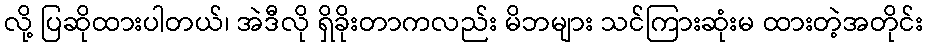
လို့ ပြဆိုထားပါတယ်၊ အဲဒီလို ရှိခိုးတာကလည်း မိဘများ သင်ကြားဆုံးမ ထားတဲ့အတိုင်း